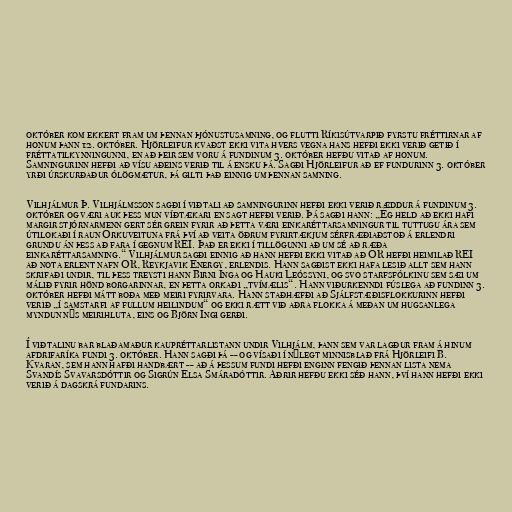
október kom ekkert fram um þennan þjónustusamning, og flutti Ríkisútvarpið fyrstu fréttirnar af
honum þann 12. október. Hjörleifur kvaðst ekki vita hvers vegna hans hefði ekki verið getið í
fréttatilkynningunni, en að þeir sem voru á fundinum 3. október hefðu vitað af honum.
Samningurinn hefði að vísu aðeins verið til á ensku þá. Sagði Hjörleifur að ef fundurinn 3. október
yrði úrskurðaður ólögmætur, þá gilti það einnig um þennan samning.

Vilhjálmur Þ. Vilhjálmsson sagði í viðtali að samningurinn hefði ekki verið ræddur á fundinum 3.
október og væri auk þess mun víðtækari en sagt hefði verið. Þá sagði hann: „Ég held að ekki hafi
margir stjórnarmenn gert sér grein fyrir að þetta væri einkaréttarsamningur til tuttugu ára sem
útilokaði í raun Orkuveituna frá því að veita öðrum fyrirtækjum sérfræðiaðstoð á erlendri
grundu án þess að fara í gegnum REI. Það er ekki í tillögunni að um sé að ræða
einkaréttarsamning.“ Vilhjálmur sagði einnig að hann hefði ekki vitað að OR hefði heimilað REI
að nota erlent nafn OR, Reykjavik Energy, erlendis. Hann sagðist ekki hafa lesið allt sem hann
skrifaði undir, til þess treysti hann Birni Inga og Hauki Leóssyni, og svo starfsfólkinu sem sæi um
málið fyrir hönd borgarinnar, en þetta orkaði „tvímælis“. Hann viðurkenndi fúslega að fundinn 3.
október hefði mátt boða með meiri fyrirvara. Hann staðhæfði að Sjálfstæðisflokkurinn hefði
verið „í samstarfi af fullum heilindum“ og ekki rætt við aðra flokka á meðan um hugsanlega
myndun nýs meirihluta, eins og Björn Ingi gerði.

Í viðtalinu bar blaðamaður kaupréttarlistann undir Vilhjálm, þann sem var lagður fram á hinum
afdrifaríka fundi 3. október. Hann sagði þá -- og vísaði í nýlegt minnisblað frá Hjörleifi B.
Kvaran, sem hann hafði handbært -- að á þessum fundi hefði enginn fengið þennan lista nema
Svandís Svavarsdóttir og Sigrún Elsa Smáradóttir. Aðrir hefðu ekki séð hann, því hann hefði ekki
verið á dagskrá fundarins.